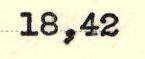
18,42